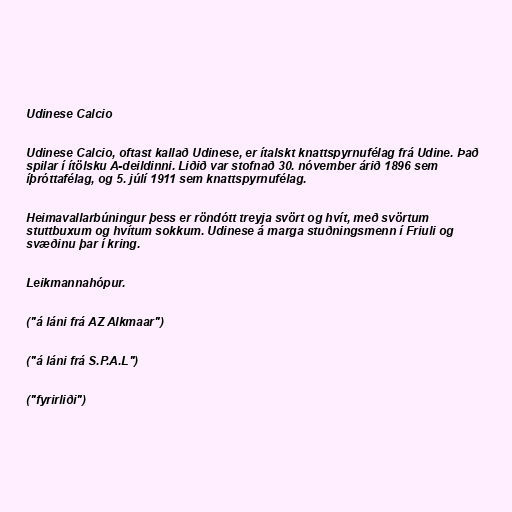
Udinese Calcio

Udinese Calcio, oftast kallað Udinese, er ítalskt knattspyrnufélag frá Udine. Það
spilar í ítölsku A-deildinni. Liðið var stofnað 30. nóvember árið 1896 sem
íþróttafélag, og 5. júlí 1911 sem knattspyrnufélag.

Heimavallarbúningur þess er röndótt treyja svört og hvít, með svörtum
stuttbuxum og hvítum sokkum. Udinese á marga stuðningsmenn í Friuli og
svæðinu þar í kring.

Leikmannahópur.

("á láni frá AZ Alkmaar")

("á láni frá S.P.A.L")

("fyrirliði")